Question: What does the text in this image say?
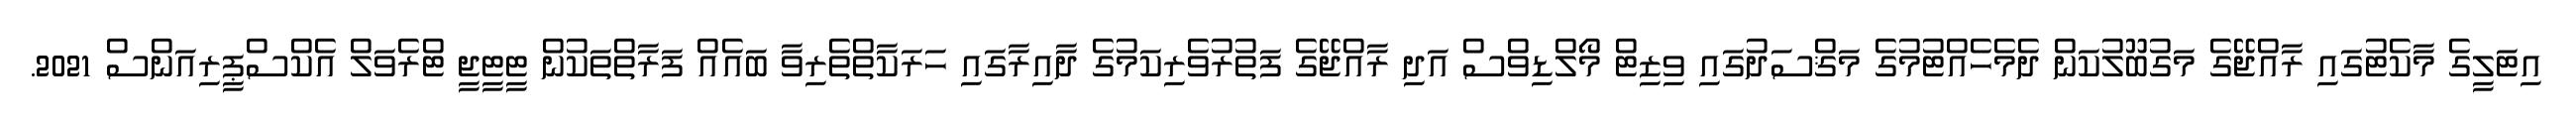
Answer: އިޓަލީގެ މާކެޓުގައި ރާއްޖޭގެ މަގުބޫލުކަން ދެމެހެއްޓުމުގެ މަޤްސަދުގައި ވިޒިޓް މޯލްޑިވްސް އަދި ރާއްޖޭގެ ފަތުރުވެރިކަމުގެ ދާއިރާގައި ހަރަކާތްތެރިވާ ބައެއް ފަރާތްތަކުން ޓީޓީޖީ ޓްރެވަލް އެކްސްޕީރިއަންސް 2021.